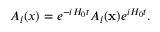
A _ { l } ( x ) = e ^ { - i H _ { 0 } t } A _ { l } ( { \bf x } ) e ^ { i H _ { 0 } t } .